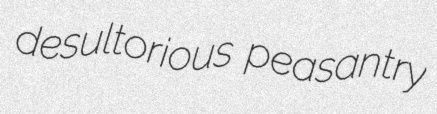
desultorious peasantry